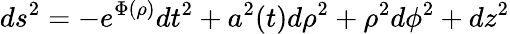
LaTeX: ds^{2}=-e^{\Phi(\rho)}dt^{2}+a^{2}(t)d\rho^{2}+\rho^{2}d\phi^{2}+dz^{2}